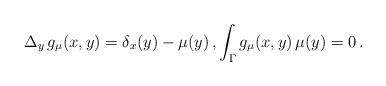
LaTeX: \begin{align*} \Delta_y \,g_\mu(x,y) = \delta_x(y)-\mu(y) \, , \int_\Gamma g_\mu(x,y) \, \mu(y) = 0 \, . \end{align*}